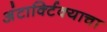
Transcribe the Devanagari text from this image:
अंटार्क्टिक्याचा